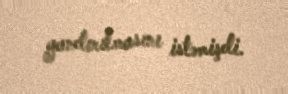
yandırılmasını istəmişdi.